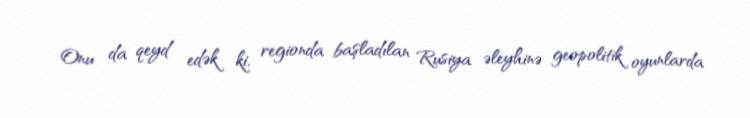
Onu da qeyd edək ki, regionda başladılan Rusiya əleyhinə geopolitik oyunlarda